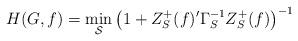
LaTeX: \begin{align*}H(G,f)=\min_\mathcal{S}\left(1+Z^+_S(f)'\Gamma_S^{-1}Z^+_S(f)\right)^{-1} \end{align*}